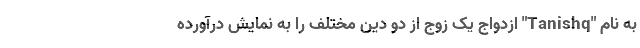
به نام "Tanishq" ازدواج یک زوج از دو دین مختلف را به نمایش درآورده